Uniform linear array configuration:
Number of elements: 12
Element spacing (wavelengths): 0.5
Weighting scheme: binomial
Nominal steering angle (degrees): -60
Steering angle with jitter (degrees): -61.826
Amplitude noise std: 0.05
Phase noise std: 0.05

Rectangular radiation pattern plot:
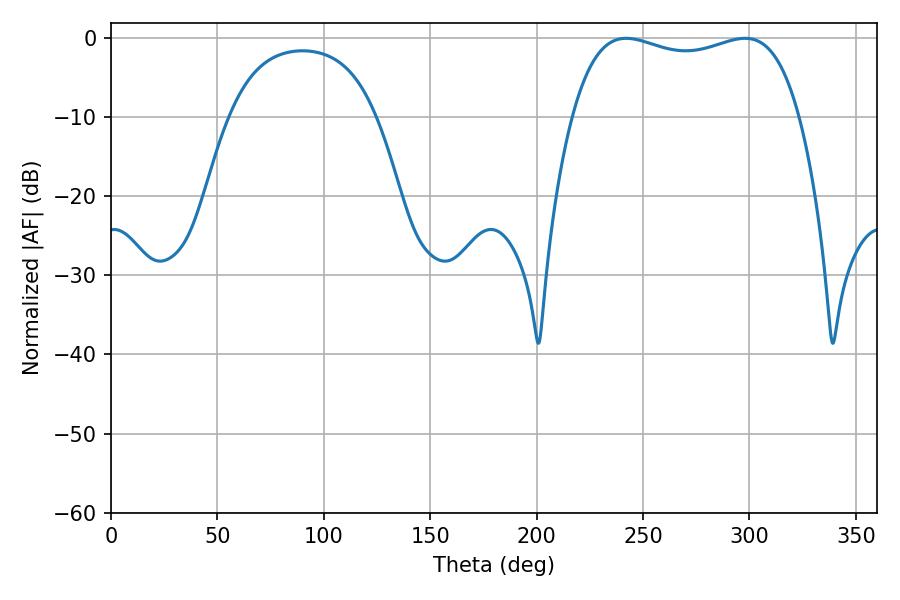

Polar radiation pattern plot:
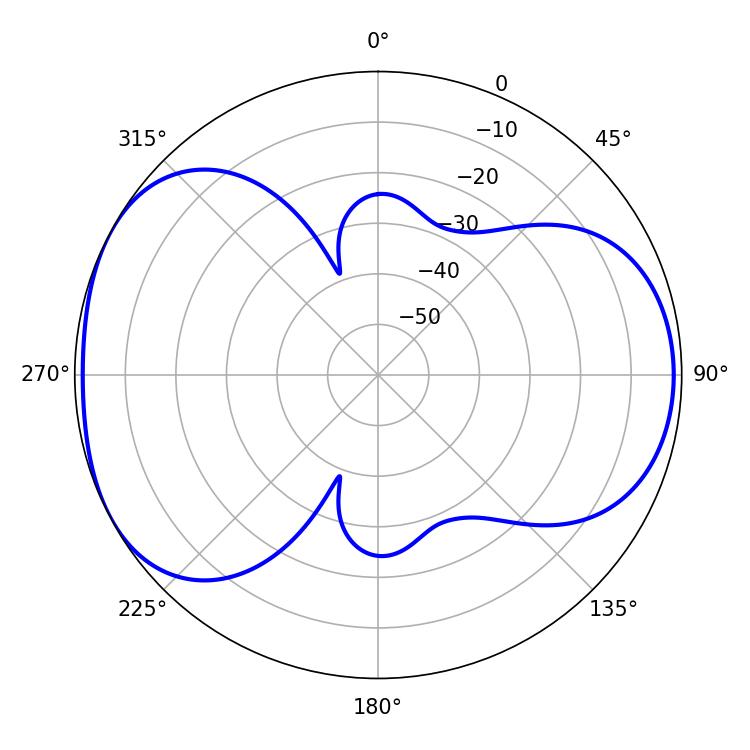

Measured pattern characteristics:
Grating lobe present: FALSE
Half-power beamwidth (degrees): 87.12
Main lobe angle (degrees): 242.1